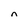
Character: n